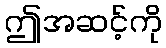
ဤအဆင့်ကို